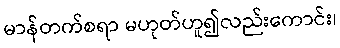
မာန်တက်စရာ မဟုတ်ဟူ၍လည်းကောင်း၊